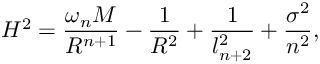
H ^ { 2 } = \frac { \omega _ { n } M } { R ^ { n + 1 } } - \frac { 1 } { R ^ { 2 } } + \frac { 1 } { l _ { n + 2 } ^ { 2 } } + \frac { \sigma ^ { 2 } } { n ^ { 2 } } ,